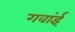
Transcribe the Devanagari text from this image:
गवांई